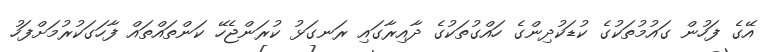
އޭގެ ފަހުން ގައުމުތަކުގެ ކުޑަކުދިންގެ ހައްގުތަކުގެ ދާއިރާގައި ރަނގަޅު ކުރަންޖެހޭ ކަންތައްތައް ފާހަގަކުރުމަށްފަހު